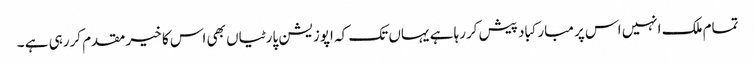
تمام ملک انہیں اس پر مبارکباد پیش کررہا ہے یہاں تک کہ اپوزیشن پارٹیاں بھی اس کا خیر مقدم کررہی ہے ۔